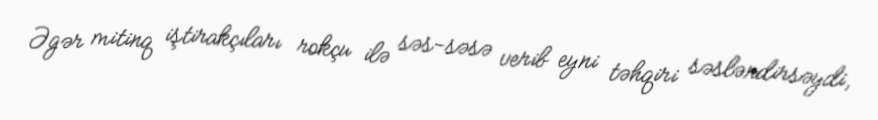
Əgər mitinq iştirakçıları rokçu ilə səs-səsə verib eyni təhqiri səsləndirsəydi,